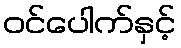
ဝင်ပေါက်နှင့်